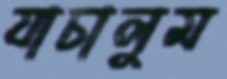
যাচালুম